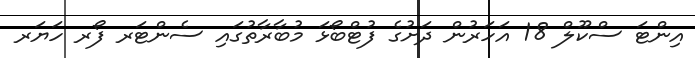
އިންޓަ ސްކޫލް 18 އަހަރުން ދަށުގެ ފުޓްބޯޅަ މުބާރާތުގައި ސެންޓަރ ފޯރ ހަޔަރ